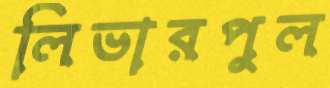
লিভারপুল